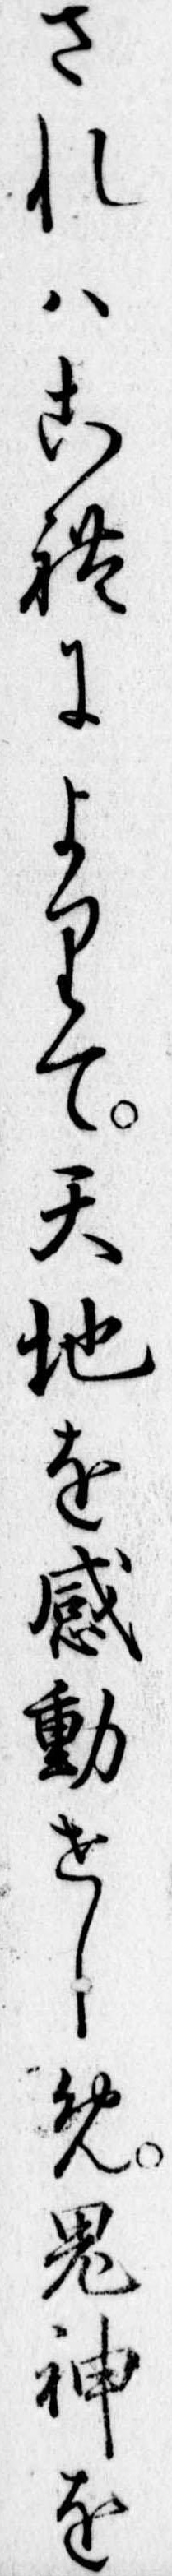
されはこれによりて天地を感動せしめ鬼神を